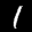
Label: 1